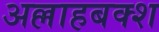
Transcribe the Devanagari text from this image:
अल्लाहबक्श